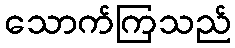
သောက်ကြသည်